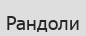
Рандоли